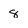
Character: 8